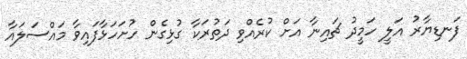
ފަނޑިޔާރު އަލީ ހަމީދު ޗައިނާ އަށް ކުރެއްވި ދަތުރަކާ ގުޅިގެން ހުށަހަޅާފައިވާ މައްސަލައާ